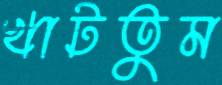
খাটতুম